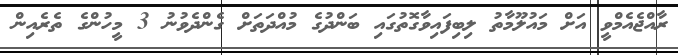
ރާއްޖެއެމްވީ އަށް މައުލޫމާތު ލިބިފައިވާގޮތުގައި ބަންދުގެ މުއްދަތަށް ގެންދެވުނު 3 މީހުންގެ ތެރެއިން